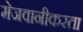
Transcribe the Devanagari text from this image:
मेजवानीकरता